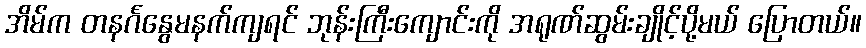
အိမ်က တနင်္ဂနွေမနက်ကျရင် ဘုန်းကြီးကျောင်းကို အရုဏ်ဆွမ်းချိုင့်ပို့မယ် ပြောတယ်။